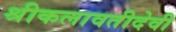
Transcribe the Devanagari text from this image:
श्रीकलावतीदेवी